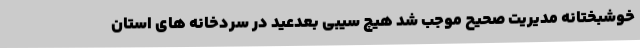
خوشبختانه مدیریت صحیح موجب شد هیچ سیبی بعدعید در سردخانه های استان